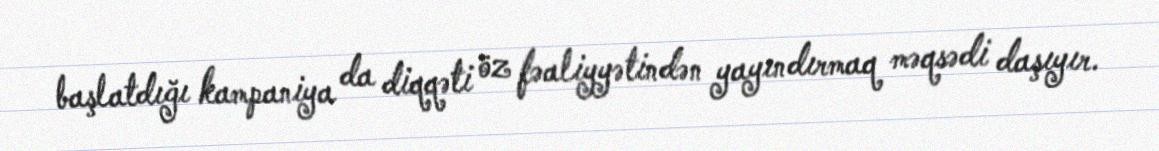
başlatdığı kampaniya da diqqəti öz fəaliyyətindən yayındırmaq məqsədi daşıyır.